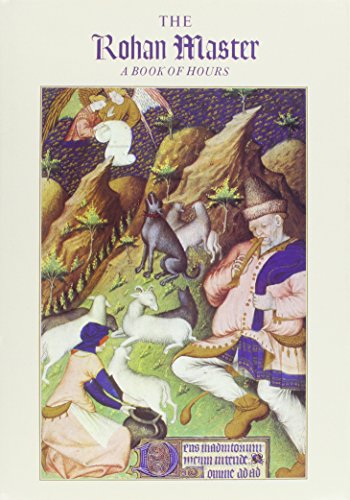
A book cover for Rohan Master: A Book of Hours; Arts & Photography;